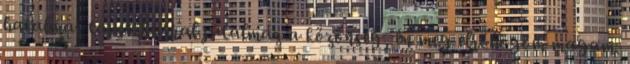
hatalmas tapsviharral jutalmaz a közönség, én meg elröhögöm magam.